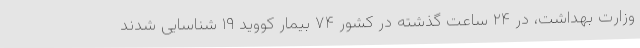
وزارت بهداشت، در ۲۴ ساعت گذشته در کشور ۷۴ بیمار کووید ۱۹ شناسایی شدند